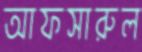
আফসারুল